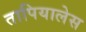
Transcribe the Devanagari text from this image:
तापियालेस